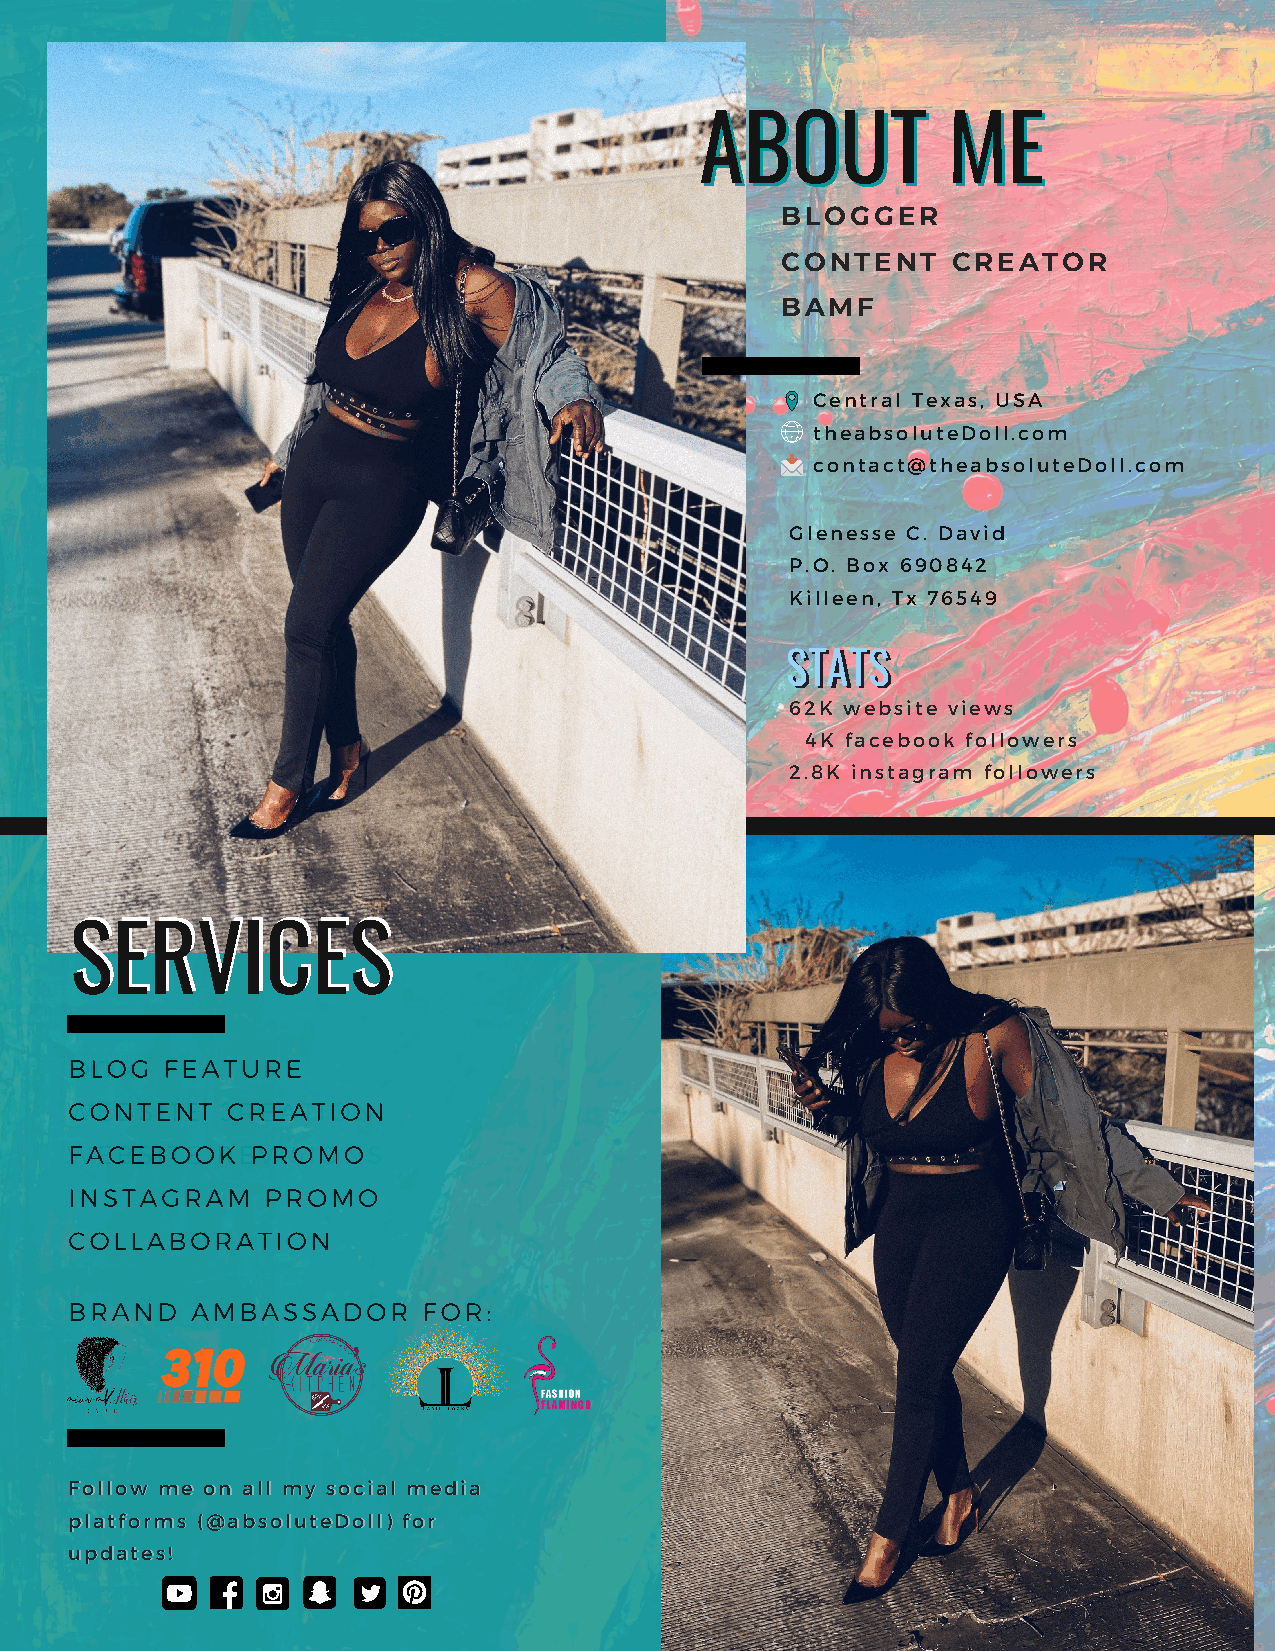
AABBOOUUTT       MMEE
 BLOGGER
 CONTENT    CREATOR
 BAMF
 Central Texas, USA
 theabsoluteDoll.com
 contact@theabsoluteDoll.com
 Glenesse C. David
 P.O. Box 690842
 Killeen, Tx 76549
 SSTTAATTSS
 62K website views
 4K facebook followers
 2.8K instagram followers
 SSEERRVVIICCEESS
 BBDLLOOORGG FFEEAATTUURREE
 WCOENBTSEITNET CCRREEAATTIIOONN
 WFAECBESBITOEO RKE PVRISOIMONOS
 IINNSSTTAAGGRRAAMM PPRROOMMOO
 CCOOLLLLAABBOORRAATTIIOONN
 BBRRAANNDD AAMMBBAASSSSAADDOORR FOR:
 FFoollllooww mmee oonn aallll mmyy ssoocciiaall mmeeddiiaa
 ppllaattffoorrmmss ((@@aabbssoolluutteeDDoollll)) ffoorr
 uuppddaatteess!!